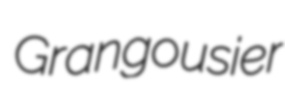
Grangousier